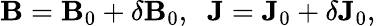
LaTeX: {\mathbf{B}}={\mathbf{B}}_{0}+\delta{\mathbf{B}}_{0},\; \; {\mathbf{J}}={\mathbf{J}}_{0}+\delta{\mathbf{J}}_{0},